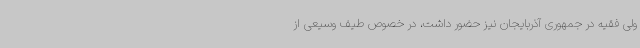
ولی فقیه در جمهوری آذربایجان نیز حضور داشت، در خصوص طیف وسیعی از